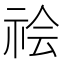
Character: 𰧻